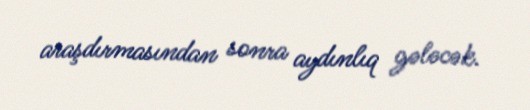
araşdırmasından sonra aydınlıq gələcək.